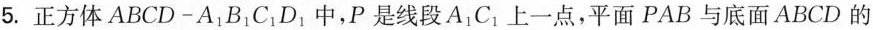
5.正方体ABCD-A_{1}B_{1}C_{1}D_{1}中，P是线段A_{1}C_{1}上一点，平面PAB与底面ABCD的